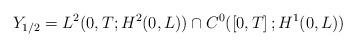
LaTeX: \begin{align*}Y_{1/2}=L^{2}( 0,T;H^{2}( 0,L) ) \cap C^{0}(\left[ 0,T\right] ;H^{1}( 0,L) ) \end{align*}